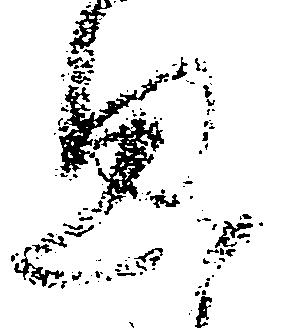
思